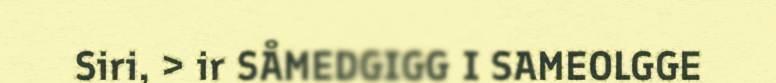
Siri, > ir SÅMEDGIGG I SAMEOLGGE